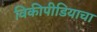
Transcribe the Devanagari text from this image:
विकीपीडियाचा